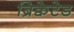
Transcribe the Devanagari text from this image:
ब्रिक्वेटेड